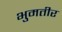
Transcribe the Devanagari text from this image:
भुमतीर